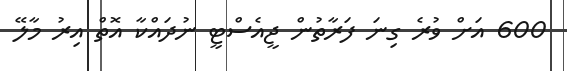
600 އަށް ވުރެ ގިނަ ފަރާތުން ޖީއެސްޓީ ނުދައްކާ އޮތް އިރު މާލޭ